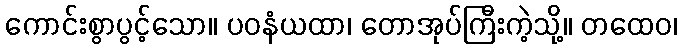
ကောင်းစွာပွင့်သော။ ပဝနံယထာ၊ တောအုပ်ကြီးကဲ့သို့။ တထေဝ၊